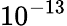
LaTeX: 10^{-13}